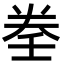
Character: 𡔨